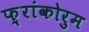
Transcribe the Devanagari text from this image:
फ़्रांकोरुम